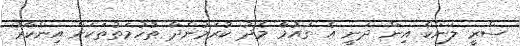
ސްރީ ލަންކާ އިން ދަނީ އެ ގައުމާ މެދު ކުރަމުންދާ ތުހުމަތުތަކަށް އިންކާރު